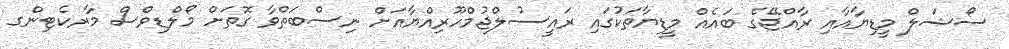
ސޯޝަލް މީޑިޔާއާއި ރާއްޖޭގެ ބައެއް މީޑިޔާތަކުގައި ރައީސުލްޖުމްހޫރިއްޔާއަށް ނިސްބަތްވާ ގޮތަށް މޯލްޑިވްސް މާރކެޓިންގ